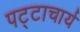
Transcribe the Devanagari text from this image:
पट्टाचार्य